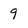
Character: 9